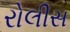
રોલીસ